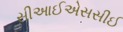
સીઆઈએસસીઈ